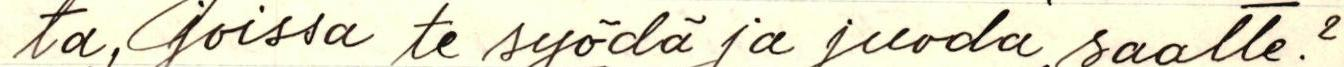
ta, joissa te syödä ja juoda saatte?